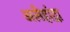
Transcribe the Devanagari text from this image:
अलेहांद्रा